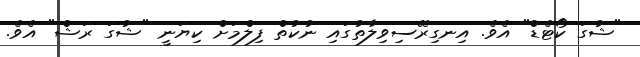
"ޝުގަ ކޯޓެޑް" އެވެ. އިނގިރޭސިވިލާތުގައި ނުކުތް ފިލްމަށް ކިޔަނީ "ޝުގަ ރަޝް" އެވެ.